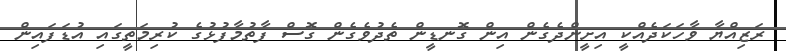
ރަޒިއްޔާ ވާހަކަދެއްކީ އިށީންދެގެން އިން ގޮނޑީން ތެދުވެގެން ގޮސް ފާތުމާފުޅުގެ ކުރިމަތީގައި އުޑަފައިން